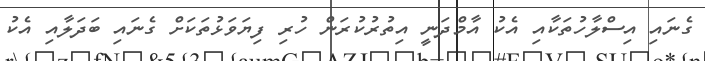
ގެނައި އިސްލާހުތަކާއި އެކު އާމްދަނީ އިތުރުކުރަން ހުރި ފިޔަވަޅުތަކަށް ގެނައި ބަދަލާއި އެކު